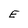
Character: E